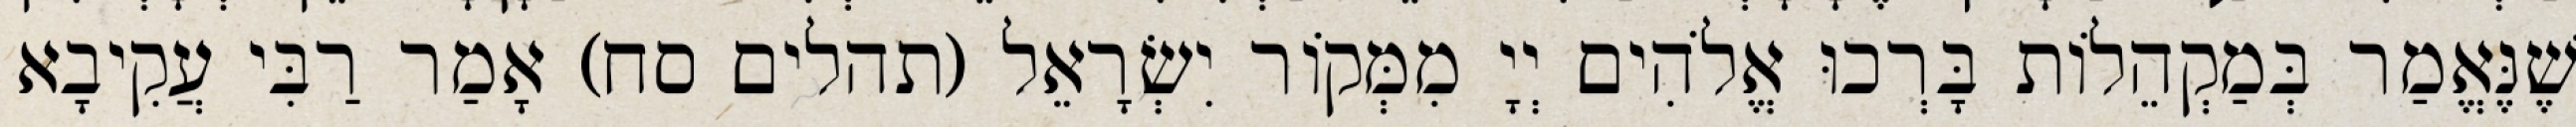
שֶׁנֶּאֱמַר בְּמַקְהֵלוֹת בָּרְכוּ אֱלֹהִים יְיָ מִמְּקוֹר יִשְׂרָאֵל (תהלים סח) אָמַר רַבִּי עֲקִיבָא